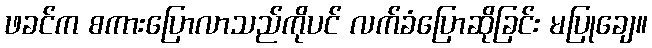
ဖခင်က စကားပြောလာသည်ကိုပင် လက်ခံပြောဆိုခြင်း မပြုချေ။